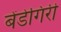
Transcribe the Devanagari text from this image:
बेंडेगिरी